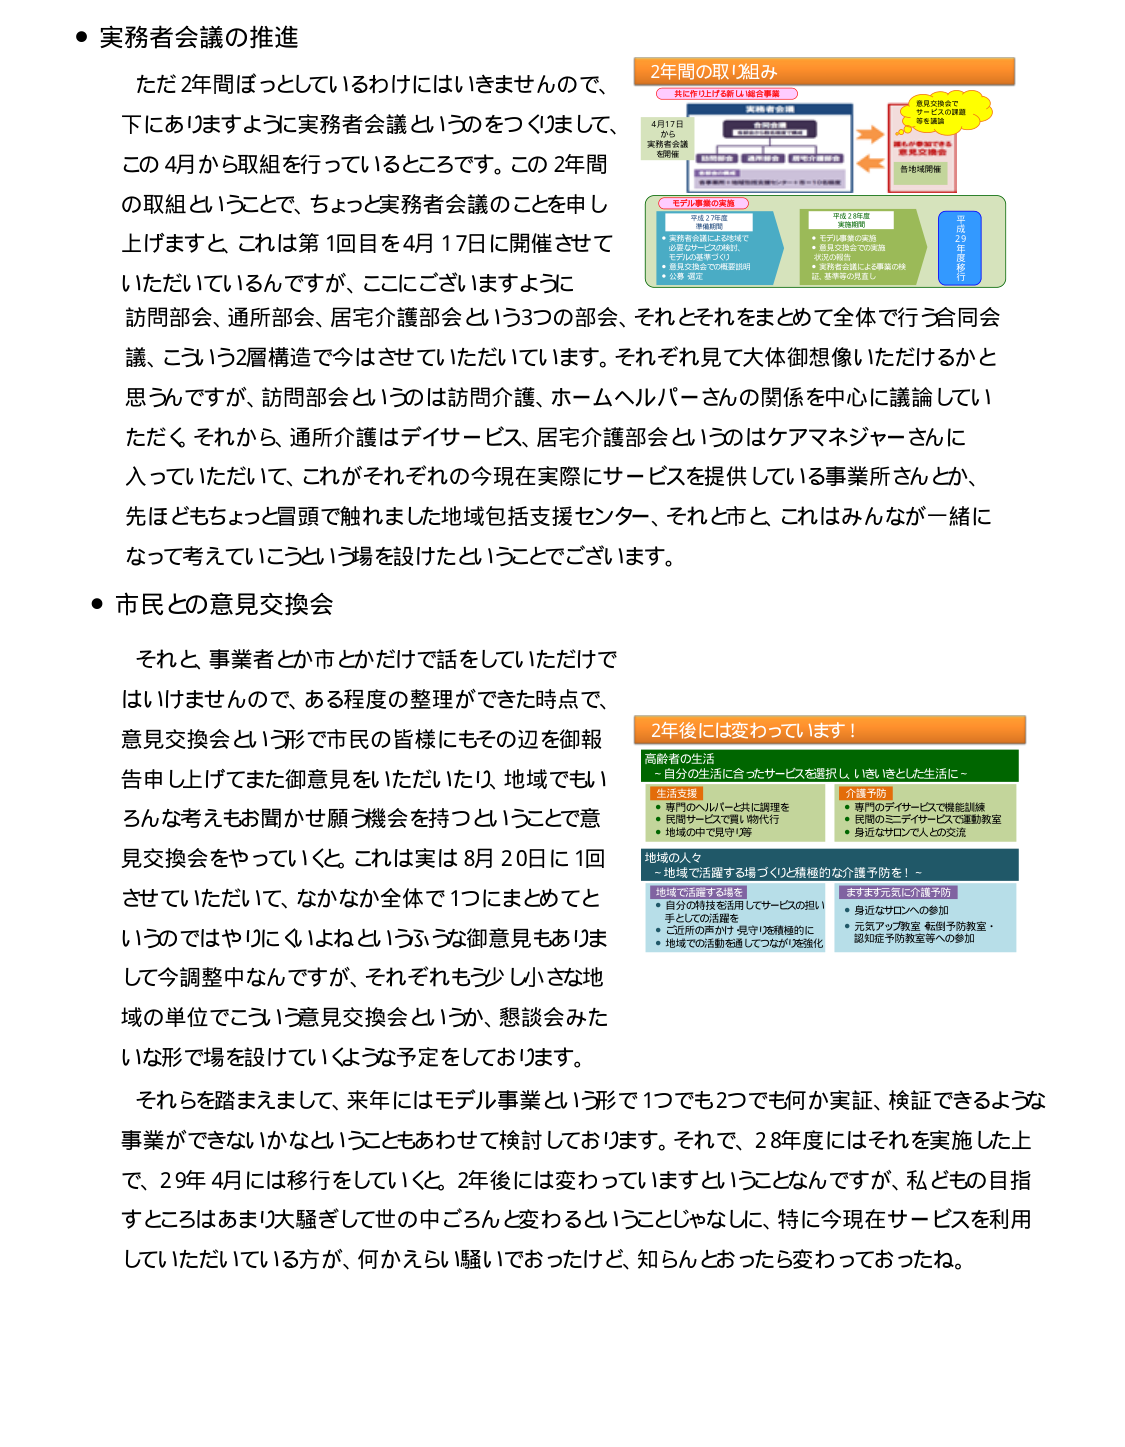
● 実務者会議の推進
ただ2年間ぼっとしているわけにはいきませんので、
下にありますように実務者会議というのをつくりまして、
この4月から取組を行っているところです。この2年間
の取組ということで、ちょっと実務者会議のことを申し
上げますと、これは第1回目を4月17日に開催させて
いただいているんですが、ここにございますように
訪問部会、通所部会、居宅介護部会という3つの部会、それとそれをまとめで全体で行う合同会
議、こういう2層構造で今はさせていただいています。それぞれ見て大体御想像いただけるかと
思うんですが、訪問部会というのは訪問介護、ホームヘルパーさんの関係を中心に議論してい
ただく。それから、通所介護はデイサービス、居宅介護部会というのはケアマネジャーさんに
入っていただいて、これがそれぞれの今現在実際にサービスを提供している事業所さんとか、
先ほどもちょっと冒頭で触れました地域包括支援センター、それと市と、これはみんなが一緒に
なって考えていこうという場を設けたということでございます。

● 市民との意見交換会
それと、事業者とか市とかだけで話をしていただけで
はいけませんので、ある程度の整理ができた時点で、
意見交換会という形で市民の皆様にもその辺を御報
告申し上げてまた御意見をいただいたり、地域でもい
ろんな考えもお聞かせ願う機会を持つということで意
見交換会をやっていくと。これは実は8月20日に1回
させていただいて、なかなか全体で1つにまとめてと
いうのではやりにくいよねというふうな御意見もありま
して今調整中なんですが、それぞれもう少し小さな地
域の単位でこういう意見交換会というか、懇談会みたいな形で場を設けていくような予定をしております。

それらを踏まえまして、来年にはモデル事業という形で1つでも2つでも何か実証、検証できるような
事業ができないかなということもあわせて検討しております。それで、28年度にはそれを実施した上
で、29年4月には移行をしていくと。2年後には変わっていきますということなんですが、私どもの目指
すところはあまり大騒ぎして世の中ごろんと変わるということじゃなしに、特に今現在サービスを利用
していただいている方が、何かえらい騒いでおったけど、知らんとおったら変わっておったね。

2年間の取り組み
～共に作り上げる新しい総合事業～
4月17日
から
実務者会議
を開催
実務者会議
（訪問部会・通所部会・居宅介護部会）
→
意見交換会で
サービスの課題
等を議論
→
地域包括支援センターを介しての連携
→
地域の事業所で実施
意見交換会
→
新地域開催
モデル事業の実施
平成27年度
準備段階
・実務者会議による地域で
必要なサービスの検討（
モデルの基本づくり）
・意見交換会での概要説明
・公募・選定
平成28年度
実施段階
・モデル事業の実施
・意見交換会での実施
状況の報告
・実務者会議による事業の検
証、基準等の見直し
平成29年
4月
移行

2年後には変わっていきます！
高齢者の生活
～自分の生活に合ったサービスを選択し、いきいきとした生活に～
生活支援
・専門のヘルパーと共に調理を
・民間サービスで買い物代行
・地域の中で見守り等
介護予防
・専門のデイサービスで機能訓練
・民間のミニデイサービスで運動教室
・身近なサロンで人との交流
地域の人々
～地域で活躍する場づくりと積極的な介護予防を！～
地域で活躍する場を
・自分の特技を活用してサービスの担い
手としての活躍を
・ご近所の声かけ「見守り」を積極的に
・地域での活動を通してつながりを強化
ますます元気に介護予防
・身近なサロンへの参加
・元気アップ教室・転倒予防教室・
認知症予防教室等への参加